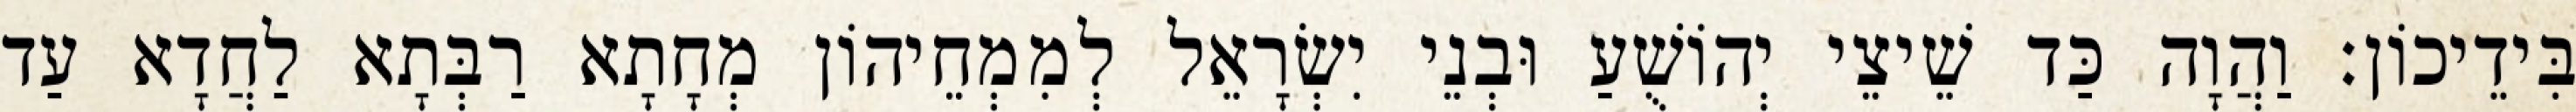
בִּידֵיכוֹן׃ וַהֲוָה כַּד שֵׁיצֵי יְהוֹשֻׁעַ וּבְנֵי יִשְׂרָאֵל לְמִמְחֵיהוֹן מְחָתָא רַבְּתָא לַחֲדָא עַד